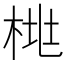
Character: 𱣛